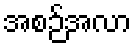
အစဉ်အလာ